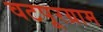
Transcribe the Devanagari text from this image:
वटपूरग्राम